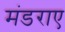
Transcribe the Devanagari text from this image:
मंडराए